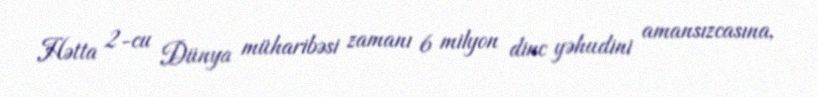
Hətta 2-cu Dünya müharibəsi zamanı 6 milyon dinc yəhudini amansızcasına,